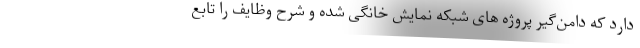
دارد که دامن‌گیر پروژه های شبکه نمایش خانگی شده و شرح وظایف را تابع